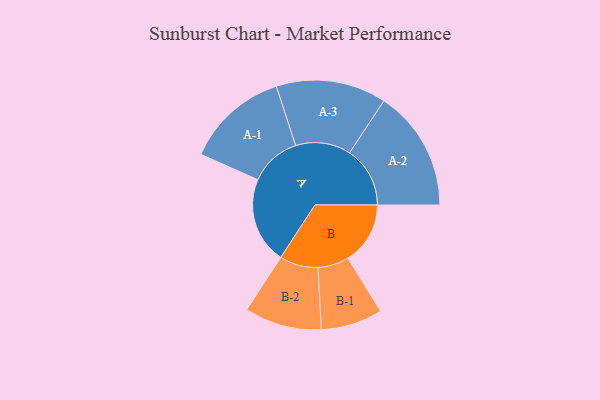
{"axis": {"x": "Segment", "y": "Value"}, "legend": ["", "A", "B"], "data": [{"x": "A", "y": 370, "type": ""}, {"x": "B", "y": 267, "type": ""}, {"x": "A-1", "y": 220, "type": "A"}, {"x": "A-2", "y": 259, "type": "A"}, {"x": "A-3", "y": 236, "type": "A"}, {"x": "B-1", "y": 132, "type": "B"}, {"x": "B-2", "y": 165, "type": "B"}]}